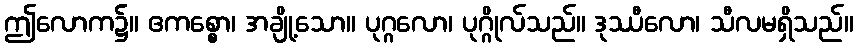
ဤလောက၌။ ဧကစ္စော၊ အချို့သော။ ပုဂ္ဂလော၊ ပုဂ္ဂိုလ်သည်။ ဒုဿီလော၊ သီလမရှိသည်။